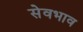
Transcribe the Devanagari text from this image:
सेवभाव